Report of veterinary surgeon J.H. Steel, A.V.D., on his investigation into an obscure and fatal disease among transport mules in British Burma
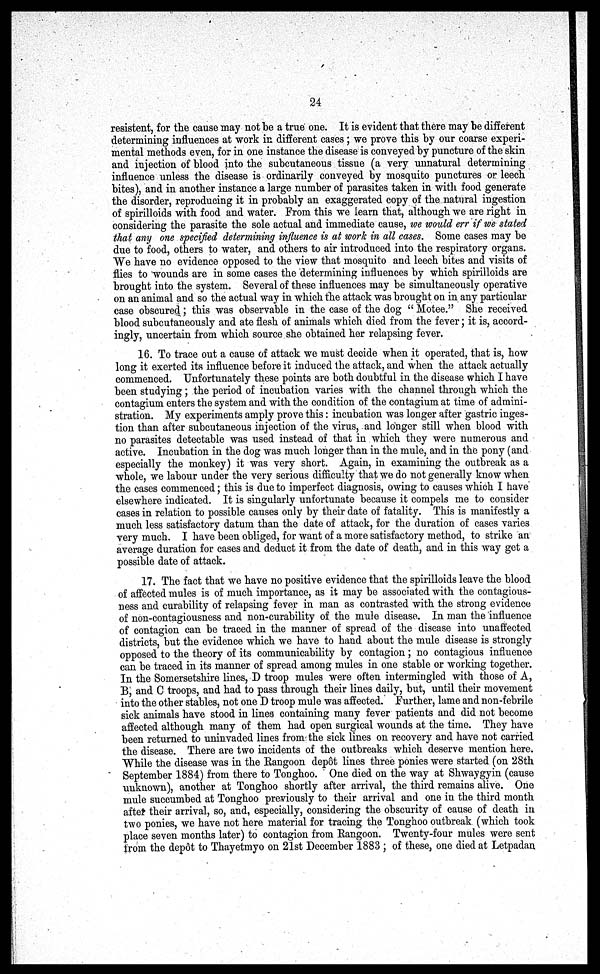
24
resistent, for the cause may not be a true one. It is evident that there may be different
determining influences at work in different cases; we prove this by our coarse experi-
mental methods even, for in one instance the disease is conveyed by puncture of the skin
and injection of blood into the subcutaneous tissue (a very unnatural determining
influence unless the disease is ordinarily conveyed by mosquito punctures or leech
bites), and in another instance a large number of parasites taken in with food generate
the disorder, reproducing it in probably an exaggerated copy of the natural ingestion
of spirilloids with food and water. From this we learn that, although we are right in
considering the parasite the sole actual and immediate cause, we would err if we stated
that any one specified determining influence is at work in all cases. Some cases may be
due to food, others to water, and others to air introduced into the respiratory organs.
We have no evidence opposed to the view that mosquito and leech bites and visits of
flies to wounds are in some cases the determining influences by which spirilloids are
brought into the system. Several of these influences may be simultaneously operative
on an animal and so the actual way in which the attack was brought on in any particular
case obscured; this was observable in the case of the dog " Motee." She received
blood subcutaneously and ate flesh of animals which died from the fever; it is, accord-
ingly, uncertain from which source she obtained her relapsing fever.
16. To trace out a cause of attack we must decide when it operated, that is, how
long it exerted its influence before it induced the attack, and when the attack actually
commenced. Unfortunately these points are both doubtful in the disease which I have
been studying; the period of incubation varies with the channel through which the
contagium enters the system and with the condition of the contagium at time of admini-
stration. My experiments amply prove this: incubation was longer after gastric inges-
tion than after subcutaneous injection of the virus, and longer still when blood with
no parasites detectable was used instead of that in which they were numerous and
active. Incubation in the dog was much longer than in the mule, and in the pony (and
especially the monkey) it was very short. Again, in examining the outbreak as a
whole, we labour under the very serious difficulty that we do not generally know when
the cases commenced; this is due to imperfect diagnosis, owing to causes which I have
elsewhere indicated. It is singularly unfortunate because it compels me to consider
cases in relation to possible causes only by their date of fatality. This is manifestly a
much less satisfactory datum than the date of attack, for the duration of cases varies
very much. I have been obliged, for want of a more satisfactory method, to strike an
average duration for cases and deduct it from the date of death, and in this way get a
possible date of attack.
17. The fact that we have no positive evidence that the spirilloids leave the blood
of affected mules is of much importance, as it may be associated with the contagious-
ness and curability of relapsing fever in man as contrasted with the strong evidence
of non-contagiousness and non-curability of the mule disease. In man the influence
of contagion can be traced in the manner of spread of the disease into unaffected
districts, but the evidence which we have to hand about the mule disease is strongly
opposed to the theory of its communicability by contagion; no contagious influence
can be traced in its manner of spread among mules in one stable or working together.
In the Somersetshire lines, D troop mules were often intermingled with those of A,
B, and C troops, and had to pass through their lines daily, but, until their movement
into the other stables, not one D troop mule was affected. Further, lame and non-febrile
sick animals have stood in lines containing many fever patients and did not become
affected although many of them had open surgical wounds at the time. They have
been returned to uninvaded lines from the sick lines on recovery and have not carried
the disease. There are two incidents of the outbreaks which deserve mention here.
While the disease was in the Rangoon depôt lines three ponies were started (on 28th
September 1884) from there to Tonghoo. One died on the way at Shwaygyin (cause
unknown), another at Tonghoo shortly after arrival, the third remains alive. One
mule succumbed at Tonghoo previously to their arrival and one in the third month
after their arrival, so, and, especially, considering the obscurity of cause of death in
two ponies, we have not here material for tracing the Tonghoo outbreak (which took
place seven months later) to contagion from Rangoon. Twenty-four mules were sent
from the depot to Thayetmyo on 21st December 1883 ; of these, one died at Letpadan